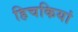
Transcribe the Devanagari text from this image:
हिचकियां